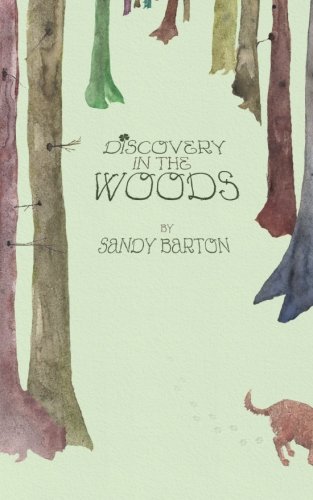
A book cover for Discovery In The Woods: A St. Patrick's Day Surprise; Sandy Barton; Children's Books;